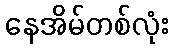
နေအိမ်တစ်လုံး